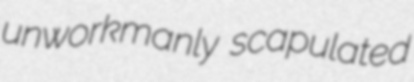
unworkmanly scapulated